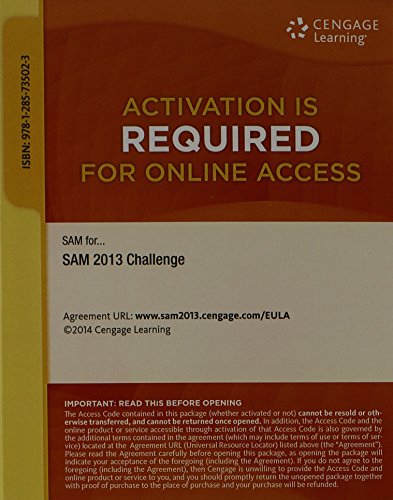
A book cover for SAM 2013 Challenge Printed Access Card; Cengage Learning; Business & Money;